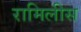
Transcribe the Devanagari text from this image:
रामिलीस